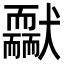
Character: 𦓢